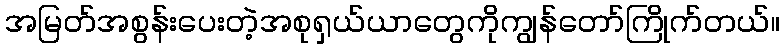
အမြတ်အစွန်းပေးတဲ့အစုရှယ်ယာတွေကိုကျွန်တော်ကြိုက်တယ်။